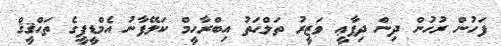
ފަހުން ރުހުން ދިން ދިފާޢީ ވަޒީރު ތަލްޙަތު އިބްރާހީމް ކަލޭފާނު އެމްޑީޕީގެ ތަޙްޤީޤް